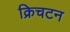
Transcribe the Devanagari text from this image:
क्रिचटन